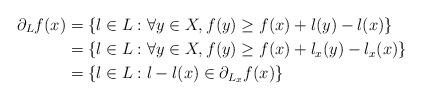
LaTeX: \begin{align*} \partial_L f(x) &= \{l\in L: \forall y\in X, f(y) \geq f(x) + l(y)-l(x)\}\\ &= \{l\in L: \forall y\in X, f(y) \geq f(x) + l_x(y)-l_x(x)\}\\ &= \{l\in L: l-l(x) \in \partial_{L_x} f(x)\}\end{align*}